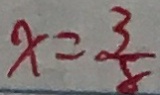
x = \frac { 3 } { 8 }